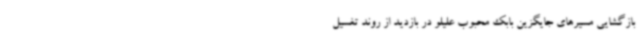
بازگشایی مسیرهای جایگزین بابک محبوب علیلو در بازدید از روند تغسیل